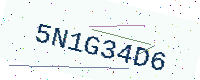
Text: 5N1G34D6